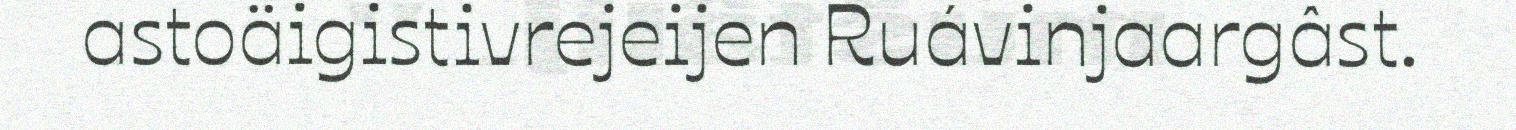
astoäigistivrejeijen Ruávinjaargâst.